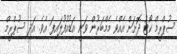
ސުޕްރީމް ކޯޓު ދޮށަށް އެއްވެ މެމްބަރުން ވަނީ އަޑުއުފުލައިފަ އެވެ. އަދި ސުޕްރީމް